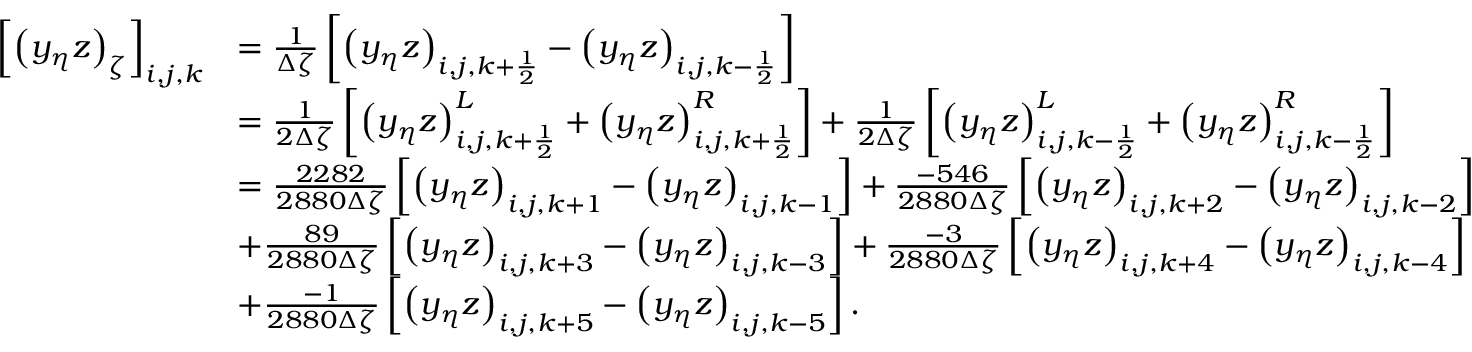
\begin{array} { r l } { \left[ \left( y _ { \eta } z \right) _ { \zeta } \right] _ { i , j , k } } & { = \frac { 1 } { \Delta \zeta } \left[ \left( y _ { \eta } z \right) _ { i , j , k + \frac { 1 } { 2 } } - \left( y _ { \eta } z \right) _ { i , j , k - \frac { 1 } { 2 } } \right] } \\ & { = \frac { 1 } { 2 \Delta \zeta } \left[ \left( y _ { \eta } z \right) _ { i , j , k + \frac { 1 } { 2 } } ^ { L } + \left( y _ { \eta } z \right) _ { i , j , k + \frac { 1 } { 2 } } ^ { R } \right] + \frac { 1 } { 2 \Delta \zeta } \left[ \left( y _ { \eta } z \right) _ { i , j , k - \frac { 1 } { 2 } } ^ { L } + \left( y _ { \eta } z \right) _ { i , j , k - \frac { 1 } { 2 } } ^ { R } \right] } \\ & { = \frac { 2 2 8 2 } { 2 8 8 0 \Delta \zeta } \left[ \left( y _ { \eta } z \right) _ { i , j , k + 1 } - \left( y _ { \eta } z \right) _ { i , j , k - 1 } \right] + \frac { - 5 4 6 } { 2 8 8 0 \Delta \zeta } \left[ \left( y _ { \eta } z \right) _ { i , j , k + 2 } - \left( y _ { \eta } z \right) _ { i , j , k - 2 } \right] } \\ & { + \frac { 8 9 } { 2 8 8 0 \Delta \zeta } \left[ \left( y _ { \eta } z \right) _ { i , j , k + 3 } - \left( y _ { \eta } z \right) _ { i , j , k - 3 } \right] + \frac { - 3 } { 2 8 8 0 \Delta \zeta } \left[ \left( y _ { \eta } z \right) _ { i , j , k + 4 } - \left( y _ { \eta } z \right) _ { i , j , k - 4 } \right] } \\ & { + \frac { - 1 } { 2 8 8 0 \Delta \zeta } \left[ \left( y _ { \eta } z \right) _ { i , j , k + 5 } - \left( y _ { \eta } z \right) _ { i , j , k - 5 } \right] . } \end{array}